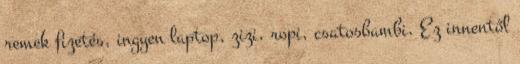
remek fizetés, ingyen laptop, zizi, ropi, csatosbambi. Ez innentől